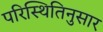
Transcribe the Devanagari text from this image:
परिस्थितिनुसार